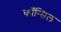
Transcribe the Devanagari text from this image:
काँन्सिल